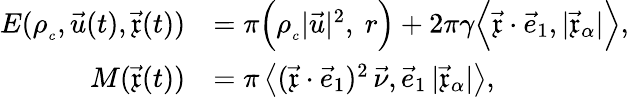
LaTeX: \begin{array}{rl}{E(\rho_{_c},\vec{u}(t),\vec{\mathfrak{x}}(t))}&{=\pi\Bigl(\rho_{_c}|\vec{u}|^{2},~r\Bigr)+2\pi\gamma\Big\langle\vec{\mathfrak{x}}\cdot\vec{e}_{1},|\vec{\mathfrak{x}}_{\alpha}|\Big\rangle,}\\ {M(\vec{\mathfrak{x}}(t))}&{=\pi\left\langle(\vec{\mathfrak{x}}\cdot\vec{e}_{1})^{2}\, \vec{\nu},\vec{e}_{1}\, |\vec{\mathfrak{x}}_{\alpha}|\right\rangle,}\end{array}